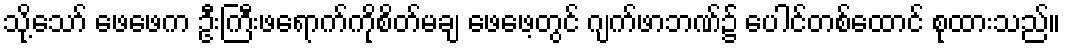
သို့သော် ဖေဖေက ဦးကြီးဖရောက်ကိုစိတ်မချ ဖေဖေ့တွင် ဂျက်ဖာဘဏ်၌ ပေါင်တစ်ထောင် စုထားသည်။